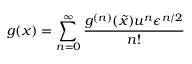
g ( x ) = \sum _ { n = 0 } ^ { \infty } \frac { g ^ { ( n ) } ( \tilde { x } ) u ^ { n } \epsilon ^ { n / 2 } } { n ! }